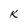
Character: k